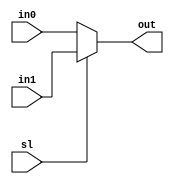
module mux2To1(in0, in1, sl, out);
        input [31:0] in0, in1;
        input sl;
        output [31:0] out;
        
        assign out = sl ? in1 : in0; 
endmodule